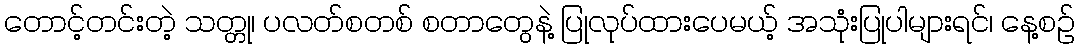
တောင့်တင်းတဲ့ သတ္တု၊ ပလတ်စတစ် စတာတွေနဲ့ ပြုလုပ်ထားပေမယ့် အသုံးပြုပါများရင်၊ နေ့စဉ်